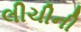
લીચીની